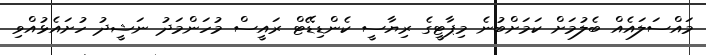
މައްސަލައެއް ބެލުމަށް ކަމަށްބުނެ މިޕާޓީގެ ރިޔާސީ ކެންޑިޑޭޓް ރައީސް މުހަންމަދު ނަޝީދު ހުށައެޅުއްވި